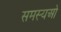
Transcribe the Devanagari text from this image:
समस्यओ